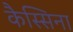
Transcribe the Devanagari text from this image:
कैस्सिना